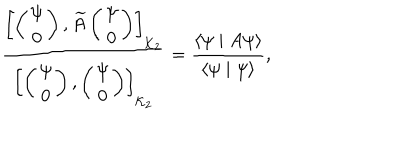
\frac { \left[ \left( \begin{array} { c } { { \psi } } \\ { { 0 } } \\ \end{array} \right) , \widetilde { A } \left( \begin{array} { c } { { \psi } } \\ { { 0 } } \\ \end{array} \right) \right] _ { { \cal K } _ { 2 } } } { \left[ \left( \begin{array} { c } { { \psi } } \\ { { 0 } } \\ \end{array} \right) , \left( \begin{array} { c } { { \psi } } \\ { { 0 } } \\ \end{array} \right) \right] _ { { \cal K } _ { 2 } } } = \frac { \langle \psi \mid A \psi \rangle } { \langle \psi \mid \psi \rangle } ,